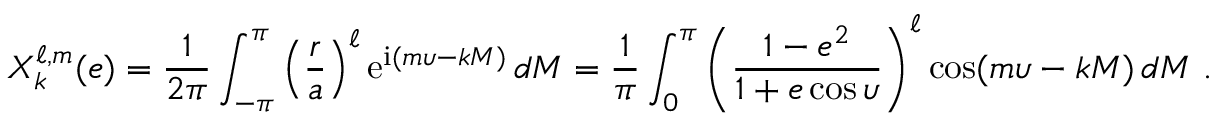
X _ { k } ^ { \ell , m } ( e ) = \frac { 1 } { 2 \pi } \int _ { - \pi } ^ { \pi } \left( \frac { r } { a } \right) ^ { \ell } \mathrm { e } ^ { \mathrm { i } ( m \upsilon - k M ) } \, d M = \frac { 1 } { \pi } \int _ { 0 } ^ { \pi } \left( \frac { 1 - e ^ { 2 } } { 1 + e \cos \upsilon } \right) ^ { \ell } \cos ( m \upsilon - k M ) \, d M \ .